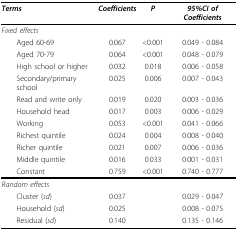
| Terms | Coefficients | P | 95%CI of Coefficients |
 | --- | --- | --- | --- |
 | Fixed effects |  |  |  |
 | Aged 60-69 | 0.067 | <0.001 | 0.049 - 0.084 |
 | Aged 70-79 | 0.064 | <0.001 | 0.048 - 0.079 |
 | High school or higher | 0.032 | 0.018 | 0.006 - 0.058 |
 | Secondary/primary school | 0.025 | 0.006 | 0.007 - 0.043 |
 | Read and write only | 0.019 | 0.020 | 0.003 - 0.036 |
 | Household head | 0.017 | 0.003 | 0.006 - 0.029 |
 | Working | 0.053 | <0.001 | 0.041 - 0.066 |
 | Richest quintile | 0.024 | 0.004 | 0.008 - 0.040 |
 | Richer quintile | 0.021 | 0.007 | 0.006 - 0.036 |
 | Middle quintile | 0.016 | 0.033 | 0.001 - 0.031 |
 | Constant | 0.759 | <0.001 | 0.740 - 0.777 |
 | Random effects |  |  |  |
 | Cluster (sd) | 0.037 |  | 0.029 - 0.047 |
 | Household (sd) | 0.025 |  | 0.008 - 0.075 |
 | Residual (sd) | 0.140 |  | 0.135 - 0.146 |